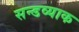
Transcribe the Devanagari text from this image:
सन्डव्याक